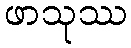
ဖာသုဿ